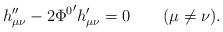
LaTeX: \begin{align*}h_{\mu\nu}''-2{\Phi^0}' h_{\mu\nu}' =0 \qquad (\mu \neq \nu ).\end{align*}